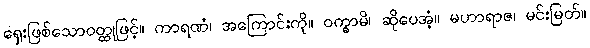
ရှေးဖြစ်သောဝတ္ထုဖြင့်။ ကာရဏံ၊ အကြောင်းကို။ ဝက္ခာမိ၊ ဆိုပေအံ့။ မဟာရာဇ၊ မင်းမြတ်။